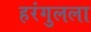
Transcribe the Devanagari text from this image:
हरंगुलला